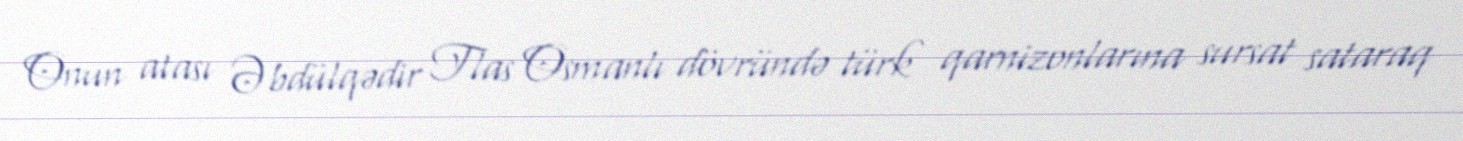
Onun atası Əbdülqədir Tlas Osmanlı dövründə türk qarnizonlarına sursat sataraq